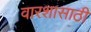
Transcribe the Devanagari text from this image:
वारशासाठी